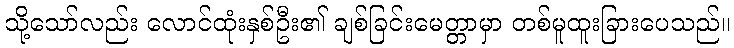
သို့သော်လည်း လောင်ထုံးနှစ်ဦး၏ ချစ်ခြင်းမေတ္တာမှာ တစ်မူထူးခြားပေသည်။